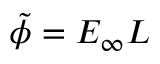
\tilde { \phi } = E _ { \infty } L